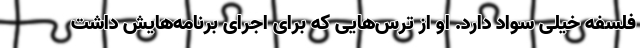
فلسفه خیلی سواد دارد. او از ترس‌هایی که برای اجرای برنامه‌هایش داشت